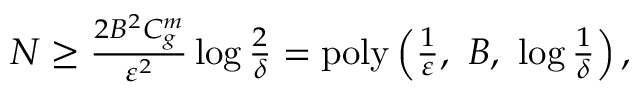
\begin{array} { r } { N \ge \frac { 2 B ^ { 2 } C _ { g } ^ { m } } { \varepsilon ^ { 2 } } \log \frac { 2 } { \delta } = \mathrm { p o l y } \left( \frac { 1 } { \varepsilon } , \ B , \ \log \frac { 1 } { \delta } \right) , } \end{array}